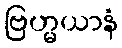
ဗြဟ္မယာနံ